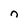
Character: n